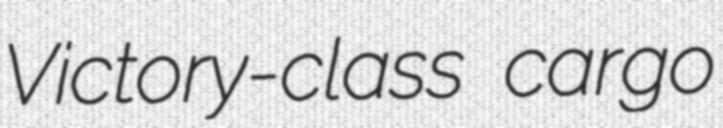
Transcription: Victory-class cargo